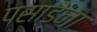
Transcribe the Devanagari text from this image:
पसाडेना